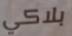
بلاكي